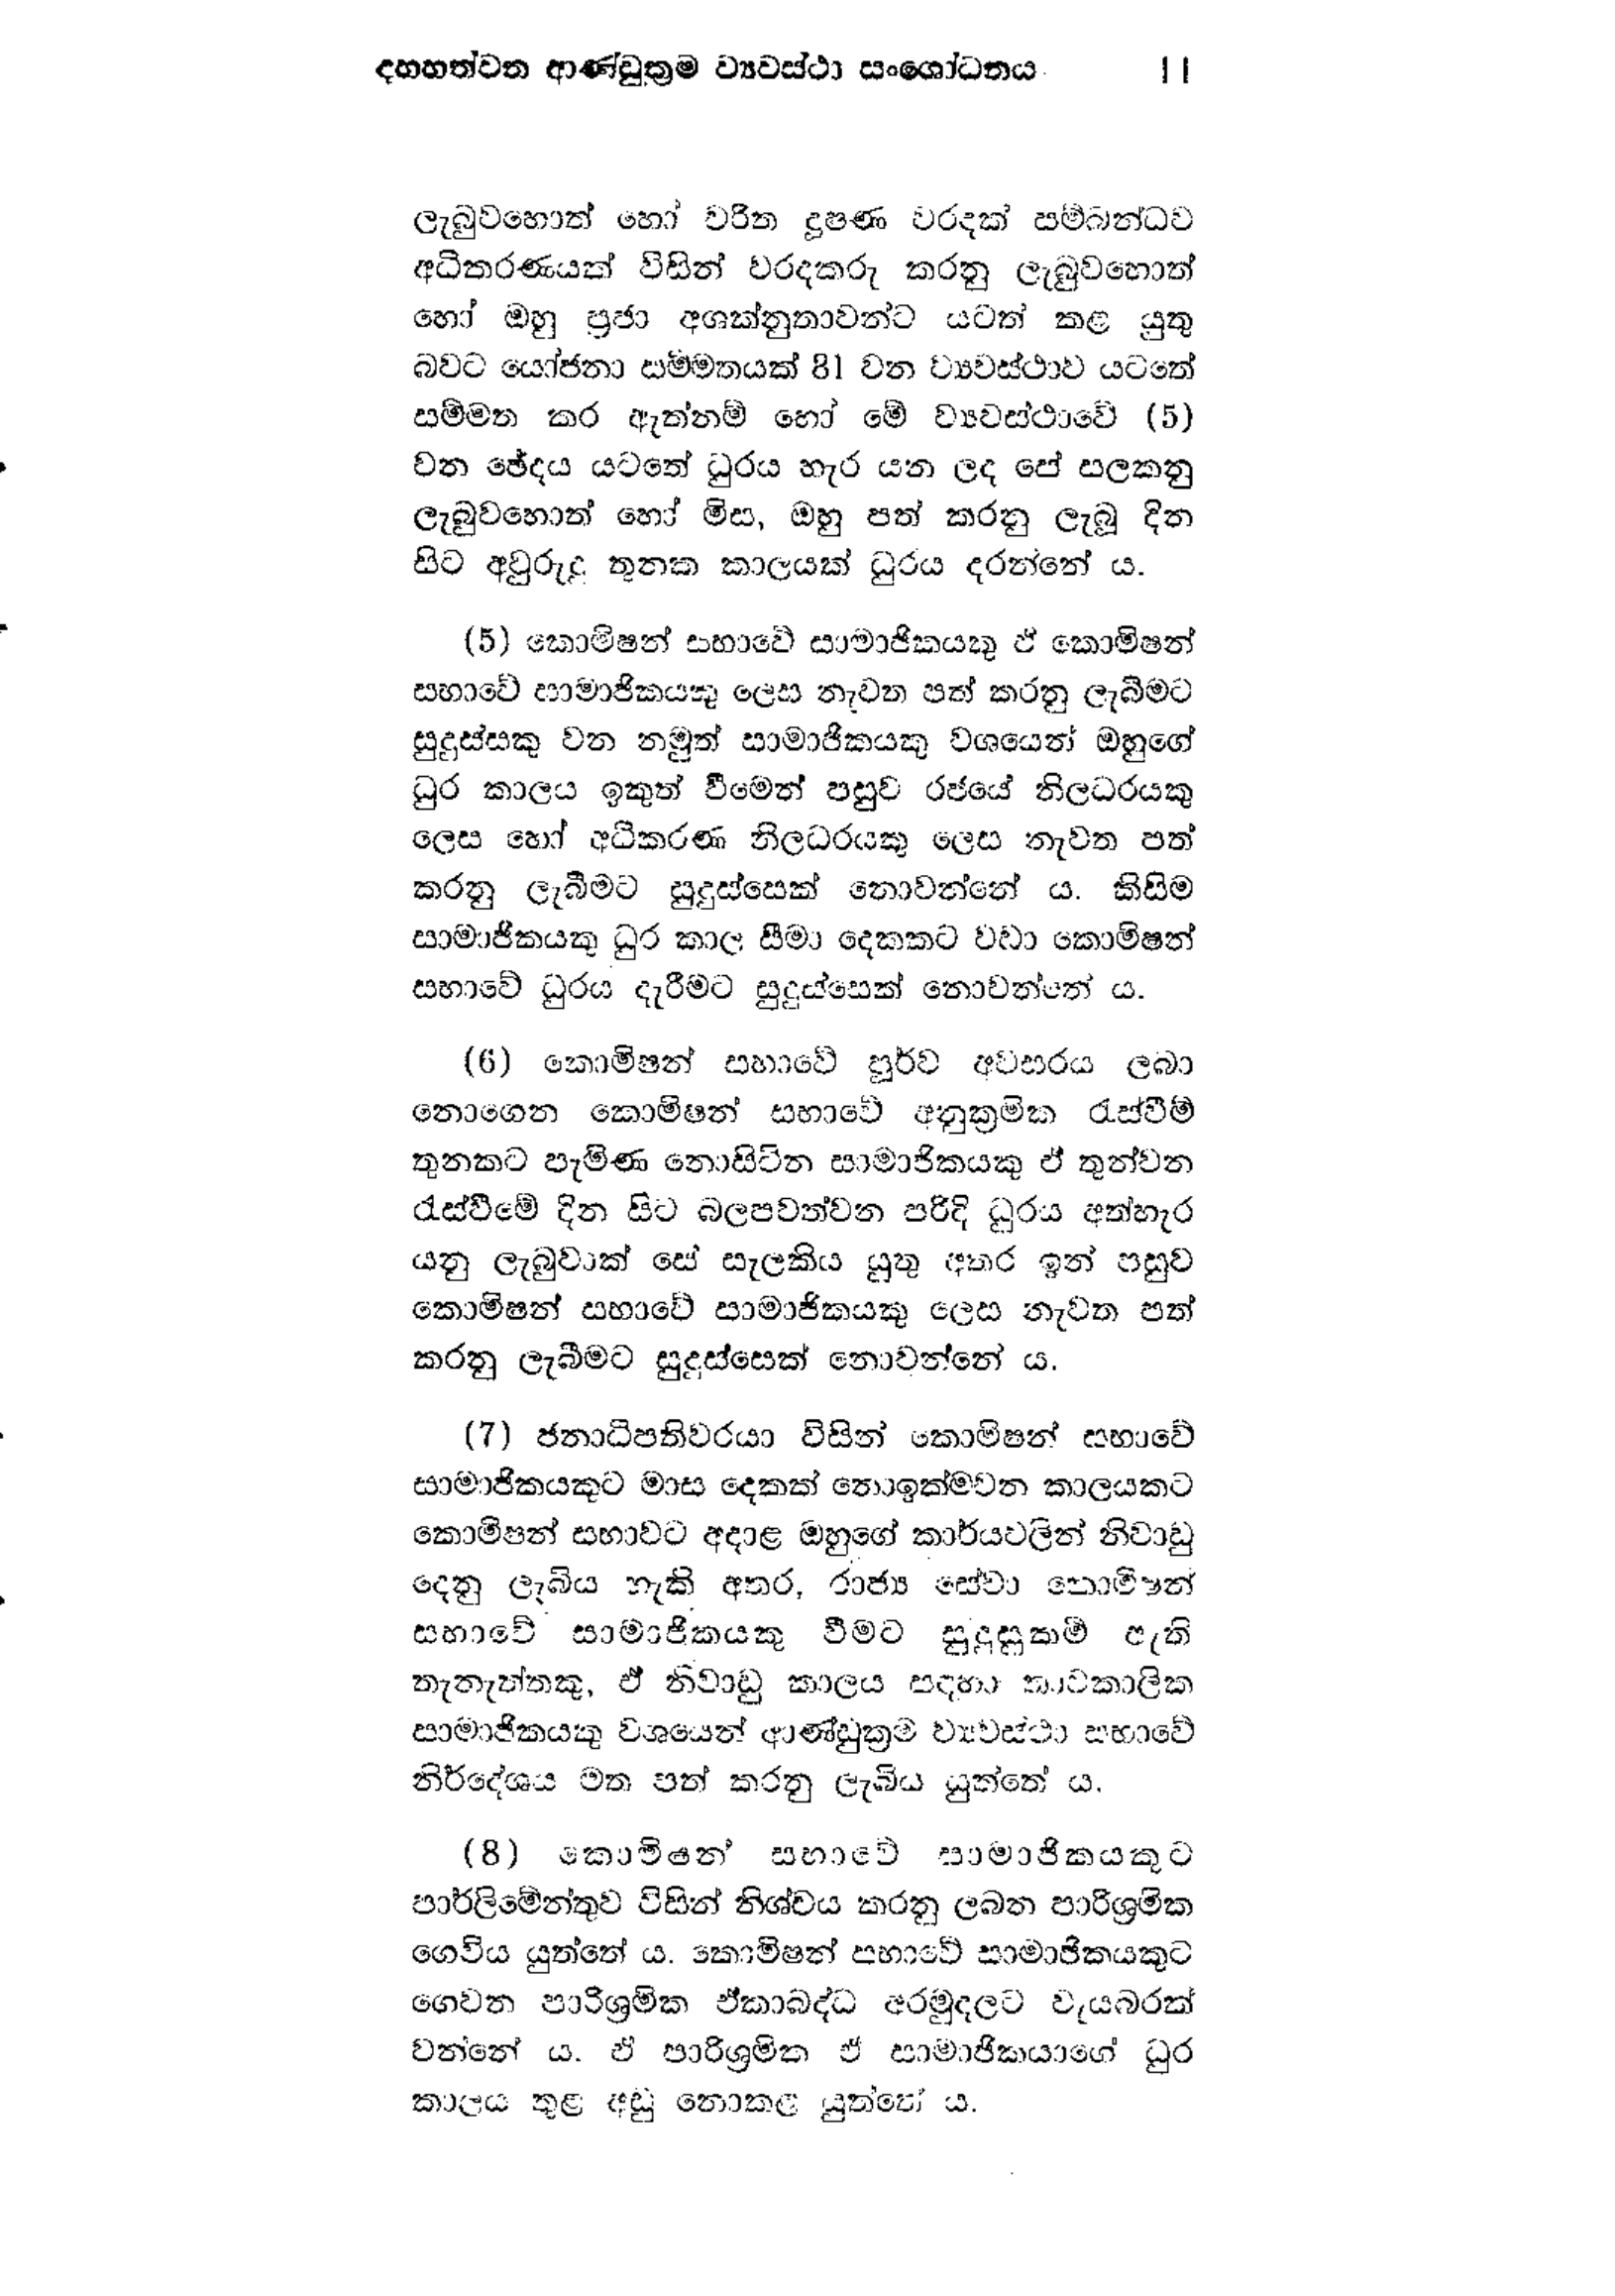
දහහත්වන ආණ්ඩුක්‍රම ව්‍යවස්ථා සංශෝධනය 11

ලැබුවහොත් හෝ චරිත දූෂණ වරදක් සම්බන්ධව
අධිකරණයක් විසින් වරදකරු කරනු ලැබුවහොත්
හෝ ඔහු ප්‍රජා අශක්නුතාවන්ට යටත් කළ යුතු
බවට යෝජනා සම්මතයක් 81 වන ව්‍යවස්ථාව යටතේ
සම්මත කර ඇත්නම් හෝ මේ ව්‍යවස්ථාවේ (5)
වන ඡේදය යටතේ ධුරය හැර යන ලද පේ සලකනු
ලැබුවහොත් හෝ මිස, ඔහු පත් කරනු ලැබූ දින
සිට අවුරුදු තුනක කාලයක් ධුරය දරන්නේය.

( 5 ) කොමිෂන් සභාවේ සාමාජිකයකු ඒ කොමිෂන්
සභාවේ සාමාජිකයකු ලෙස නැවත පත් කරනු ලැබීමට
සුදුස්සකු වන නමුත් සාමාජිකයෙකු වශයෙන් ඔහුගේ
ධුර කාලය ඉකුත් වීමෙන් පසුව රජයේ නිලධරයකු
ලෙස හෝ අධිකරණ නිලධරයකු ලෙස නැවත පත්
කරනු ලැබීමට සුදුස්සෙක් නොවන්නේය. කිසිම
සාමාජිකයකු ධුර කාල සීමා දෙකකට වඩා කොමිෂන්
සභාවේ ධුරය දැරීමට සුදුස්සෙක් නොවන්නේ ය.

(6) කොමිෂන් සභාවේ පූර්ව අවසරය ලබා
නොගෙන කොමිෂන් සභාවේ අනුක්‍රමික රැස්වීම්
තුනකට පැමිණ නොසිටින සාමාජිකයකු ඒ තුන්වන
රැස්වීමේ දින සිට බලපවත්වන පරිදි ධුරය අත්හැර
යනු ලැබුවාක් සේ සැලකිය යුතු අතර ඉන් පසුව
කොමිෂන් සභාවේ සාමාජිකයකු ලෙස නැවත පත්
කරනු ලැබීමට සුදුස්සෙක් නොවන්නේ ය.

(7) ජනාධිපතිවරයා විසින් කොමිෂන් සභාවේ
සාමාජිකයකුට මාස දෙකක් නොඉක්මවන කාලයකට
කොමිෂන් සභාවට අදාළ ඔහුගේ කාර්ය වලින් නිවාඩු
දෙනු ලැබිය හැකි අතර, රාජ්‍ය සේවා කොමින්
සභාවේ සාමාජිකයකු වීමට සුදුසුකම් ඇති
තැනැත්තකු, ඒ නිවාඩු කාලය සදහා තාවකාලික
සාමාජිකයකු වශයෙන් ආණ්ඩුක්‍රම ව්‍යවස්ථා සභාවේ
නිර්දේශය මත පත් කරනු ලැබිය යුත්තේය.

(8) කොමිෂන් සභාවේ සාමාජිකයකුට
පාර්ලිමේන්තුව විසින් නිශ්චය කරනු ලබන පාරිශ්‍රමික
ගෙවිය යුත්තේ ය. කොමිෂන් සභාවේ සාමාජිකයකුට
ගෙවන පාරිශ්‍රමික ඒකාබද්ධ අරමුදලට වැය බරක්
වන්නේ ය. ඒ පාරිශ්‍රමික ඒ සාමාජිකයාගේ ධුර
කාලය තුළ අඩු නොකළ යුත්තේය.